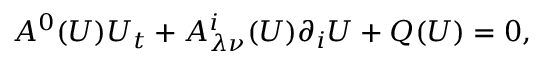
A ^ { 0 } ( U ) U _ { t } + A _ { \lambda \nu } ^ { i } ( U ) \partial _ { i } U + Q ( U ) = 0 ,